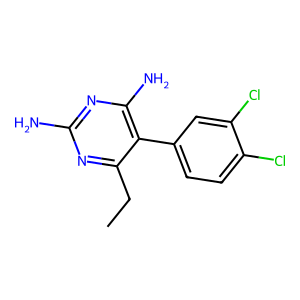
SMILES: CCc1nc(N)nc(N)c1-c1ccc(Cl)c(Cl)c1
Inhibits HIV replication: No